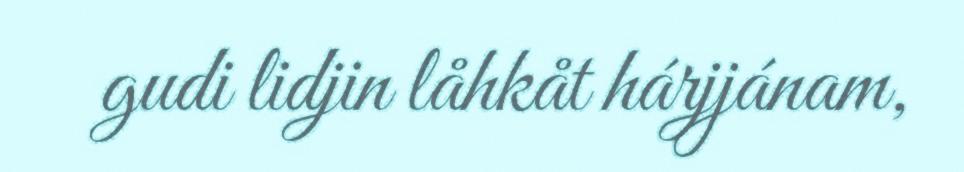
gudi lidjin låhkåt hárjjánam,